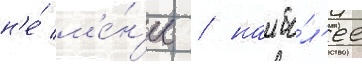
н'е́ м'е́н'ее / наибо́л'ее